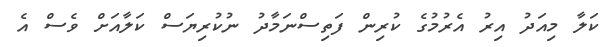
ކަލާ މިއަދު އިރު އެރުމުގެ ކުރިން ފަތިސްނަމާދު ނުކުރިޔަސް ކަލާއަށް ވެސް އެ